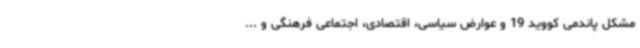
مشکل پاندمی کووید 19 و عوارض سیاسی، اقتصادی، اجتماعی فرهنگی و ...